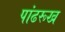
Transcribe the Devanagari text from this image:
पांढरूख